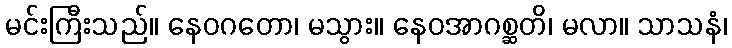
မင်းကြီးသည်။ နေဝဂတော၊ မသွား။ နေဝအာဂစ္ဆတိ၊ မလာ။ သာသနံ၊